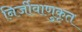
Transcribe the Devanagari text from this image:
निर्जीवाणुकृत